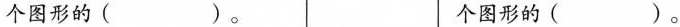
个图形的（）。个图形的（）。